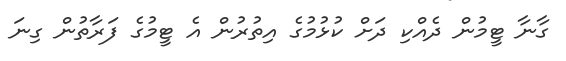
ގާނާ ޓީމުން ދެއްކި ދަށް ކުޅުމުގެ އިތުރުން އެ ޓީމުގެ ފަރާތުން ގިނަ